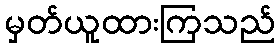
မှတ်ယူထားကြသည်